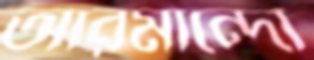
আরমান্দো